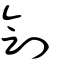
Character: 劊